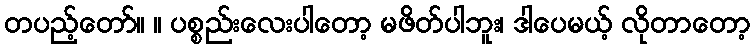
တပည့်တော်။ ။ ပစ္စည်းလေးပါတော့ မဖိတ်ပါဘူး၊ ဒါပေမယ့် လိုတာတော့